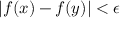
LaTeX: | f ( x ) - f ( y ) | < \epsilon